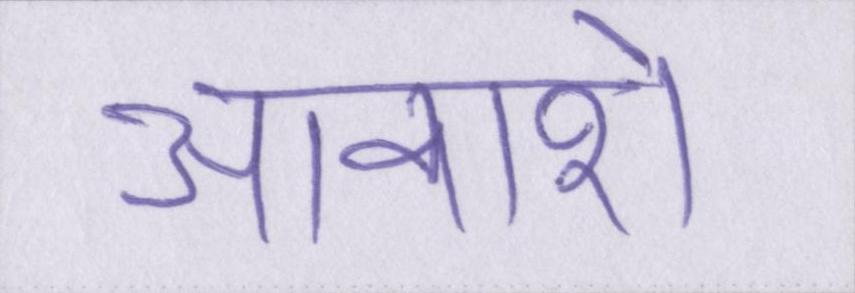
आकाशे